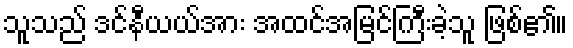
သူသည် ဒင်နီယယ်အား အထင်အမြင်ကြီးခဲ့သူ ဖြစ်၏။